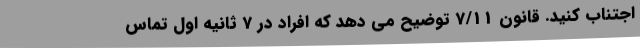
اجتناب کنید. قانون 7/11 توضیح می دهد که افراد در 7 ثانیه اول تماس